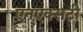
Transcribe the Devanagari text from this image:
एनएक्सटी